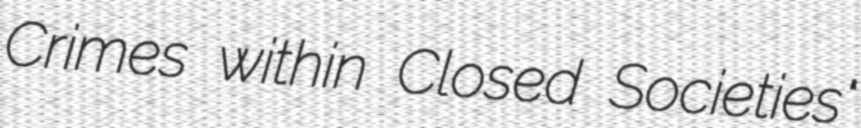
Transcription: Crimes within Closed Societies"